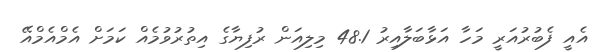
އެއީ ފެބުރުއަރީ މަހާ އަޅާބަލާއިރު 48.1 މިލިއަން ރުފިޔާގެ އިތުރުުވުމެއް ކަމަށް އެމްއެމްއޭ